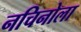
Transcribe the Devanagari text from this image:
नचिनोला